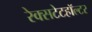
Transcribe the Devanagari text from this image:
रेक्सटेटहॉल्टर